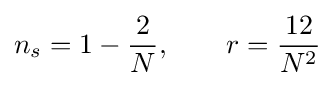
n_{s}=1-{\frac {2}{N}},\qquad r={\frac {12}{N^{2}}}